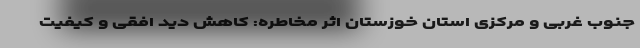
جنوب غربی و مرکزی استان خوزستان اثر مخاطره: کاهش دید افقی و کیفیت